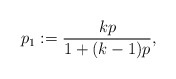
\begin{align*}p_1 := \frac{kp}{1+(k-1)p},\end{align*}